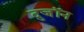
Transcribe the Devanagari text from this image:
दुजॉन